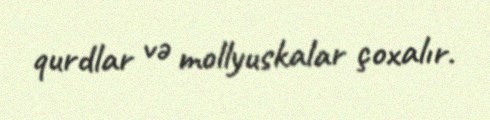
qurdlar və mollyuskalar çoxalır.